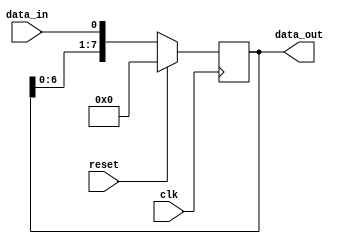
module serial_in_parallel_out(
    input wire clk,
    input wire reset,
    input wire data_in,
    output reg [7:0] data_out
);

reg [7:0] registers;

always @(posedge clk) begin
    if (reset) begin
        registers <= 8'b0;
    end else begin
        registers <= {registers[6:0], data_in};
    end
end

assign data_out = registers;

endmodule